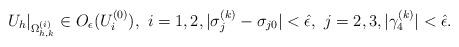
LaTeX: \begin{align*}U_h|_{\Omega_{h,k}^{(i)}}\in O_{\epsilon}({U}_i^{(0)}),\,\,i=1,2,|\sigma^{(k)}_{j}-\sigma_{j0}|<\hat{\epsilon},\,\,j=2,3,|\gamma_{4}^{(k)}|<\hat{\epsilon}.\end{align*}